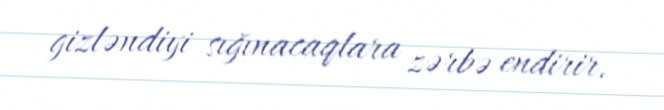
gizləndiyi sığınacaqlara zərbə endirir.